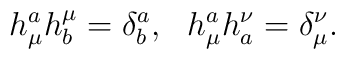
h^a_\mu h^\mu_b = \delta^a_b, ~~ h^a_\mu h^\nu_a = \delta^\nu_\mu.